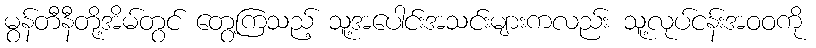
မွန်တီနီတို့အိမ်တွင် တွေ့ကြသည့် သူ့အပေါင်းအသင်းများကလည်း သူ့လုပ်ငန်းအဝဝကို